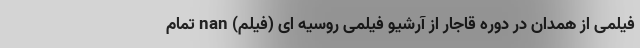
فیلمی از همدان در دوره قاجار از آرشیو فیلمی روسیه ای (فیلم) nan تمام